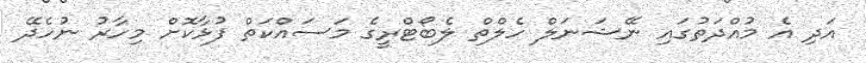
އަދި އެ މުއްދަތުގައި ނޭޝަނަލް ހެލްތް ލެބޯޓްރީގެ މަސައްކަތް ފުޅާކޮށް މިހާރު ނުހެދޭ